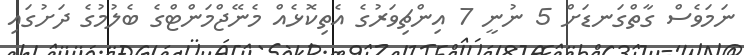
ނަމަވެސް ގާތްގަނޑަށް 5 ނުނީ 7 އިންޗިވަރުގެ އެތިކޮޅެއް މެނޭޖްމަންޓްގެ ބެލުމުގެ ދަށުގައި